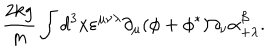
{ \frac { 2 k g } { m } } \int d ^ { 3 } x \varepsilon ^ { \mu \nu \lambda } \partial _ { \mu } ( \phi + \phi ^ { * } ) \partial _ { \nu } \alpha _ { + \lambda } ^ { \beta } .